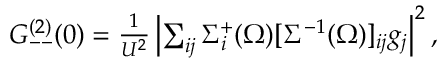
\begin{array} { r } { G _ { -- } ^ { ( 2 ) } ( 0 ) = \frac { 1 } { U ^ { 2 } } \left| \sum _ { i j } \Sigma _ { i } ^ { + } ( \Omega ) [ \Sigma ^ { - 1 } ( \Omega ) ] _ { i j } g _ { j } \right| ^ { 2 } , } \end{array}